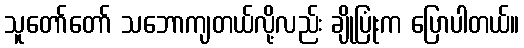
သူတော်တော် သဘောကျတယ်လို့လည်း ချိုပြုံးက ပြောပါတယ်။